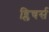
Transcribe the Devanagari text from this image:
ब्लिचर्स